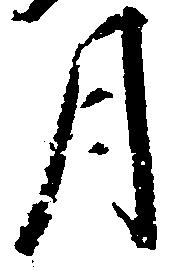
月